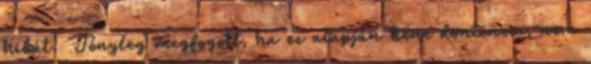
hibát. Tényleg megfogott, ha ez alapján kéne döntenem, nem